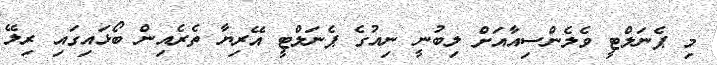
މި ޕެނަލްޓީ ވެލެންސިއާއަށް ލިބުނީ ނިއުގެ ޕެނަލްޓީ އޭރިޔާ ތެރެއިން ބޯޅައިގައި ރިލޭ